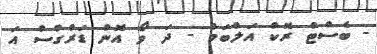
- ބެސްޓް ރޮކް އަލްބަމް - ދަ ވޯ އޮން ޑަރްގްސް އަ